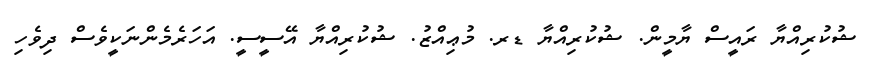
ޝުކުރިއްޔާ ރައީސް ޔާމީން. ޝުކުރިއްޔާ ޑރ. މުޢިއްޒު. ޝުކުރިއްޔާ އޭސީސީ. އަހަރެމެންނަކީވެސް ދިވެހި